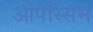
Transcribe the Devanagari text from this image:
ओपॉस्सम